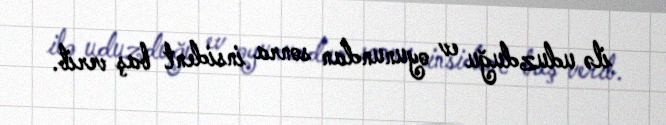
ilə uduzduğu ev oyunundan sonra insident baş verib.